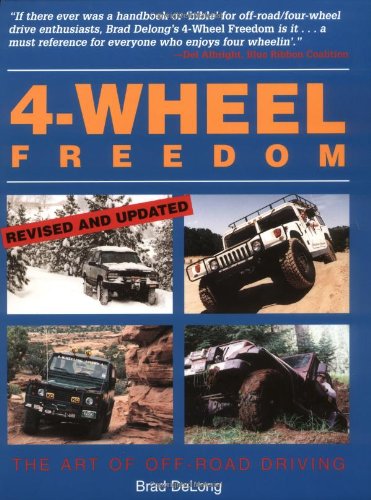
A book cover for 4-Wheel Freedom: The Art Of Off-Road Driving; Brad DeLong; Test Preparation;